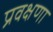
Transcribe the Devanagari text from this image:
प्रवक्षणा